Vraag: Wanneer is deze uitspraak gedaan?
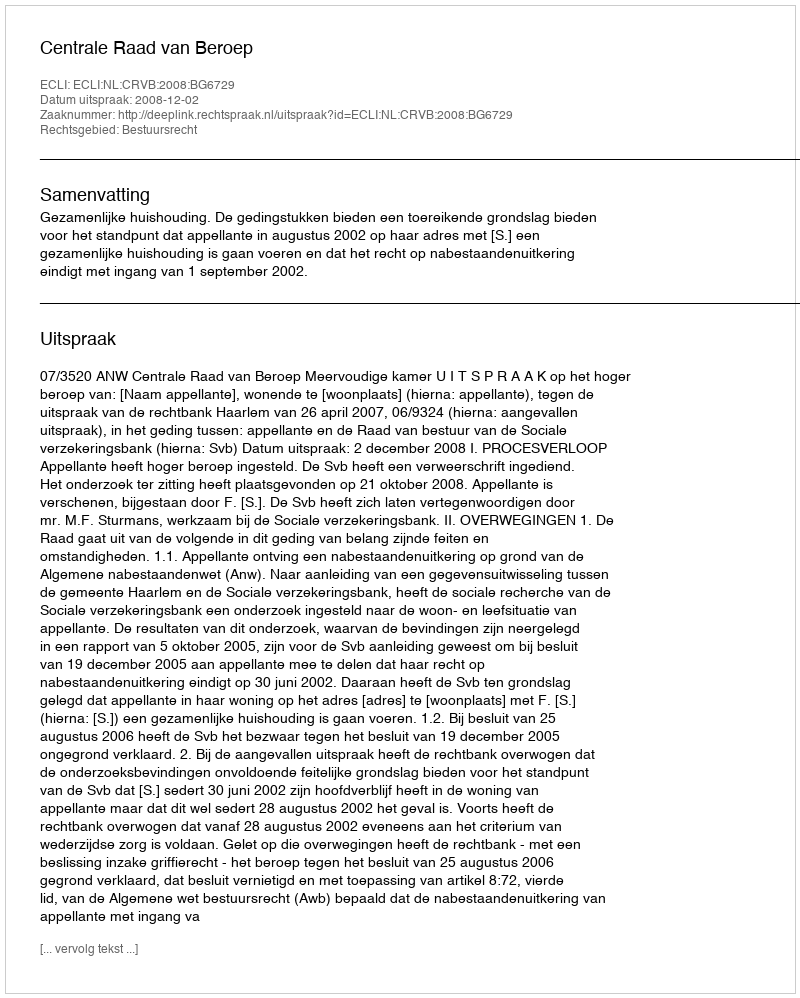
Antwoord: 2008-12-02